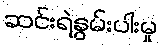
ဆင်းရဲနွမ်းပါးမှု